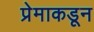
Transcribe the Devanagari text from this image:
प्रेमाकडून